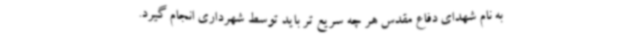
به نام شهدای دفاع مقدس هر چه سریع تر باید توسط شهرداری انجام گیرد.